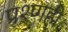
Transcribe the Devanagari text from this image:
प्रश्णही